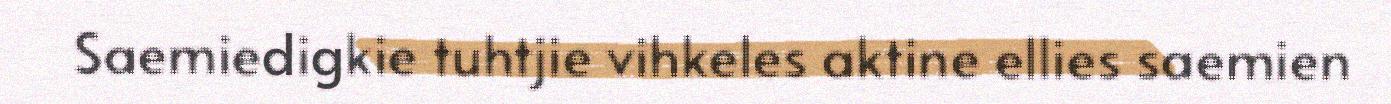
Saemiedigkie tuhtjie vihkeles aktine ellies saemien